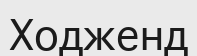
Ходженд